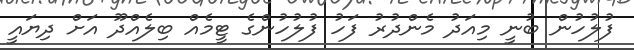
ފުލުހުން ބުނީ މިއަދު މެންދުރު ފަހު ފުލުހުންގެ ޓީމެއް ބިލެއްދޫ އަށް ދިޔައީ